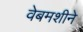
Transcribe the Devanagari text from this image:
वेबमशीने